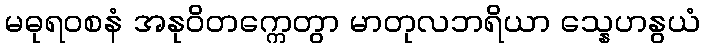
မဓုရဝစနံ အနုဝိတက္ကေတွာ မာတုလဘရိယာ သ္နေဟနွယံ